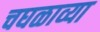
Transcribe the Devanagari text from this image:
चघळाव्या